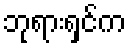
ဘုရားရှင်က